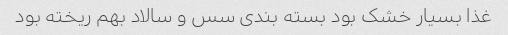
غذا بسیار خشک بود بسته بندی سس و سالاد بهم ریخته بود